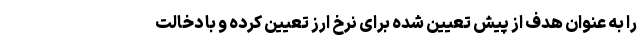
را به عنوان هدف از پیش تعیین شده برای نرخ ارز تعیین کرده و با دخالت